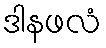
ဒါနဖလံ